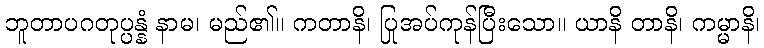
ဘူတာပဂတုပ္ပန္နံ နာမ၊ မည်၏။ ကတာနိ၊ ပြုအပ်ကုန်ပြီးသော။ ယာနိ တာနိ၊ ကမ္မာနိ၊